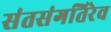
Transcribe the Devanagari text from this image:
संतसंगतिरेव